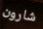
شارون